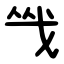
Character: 㦰